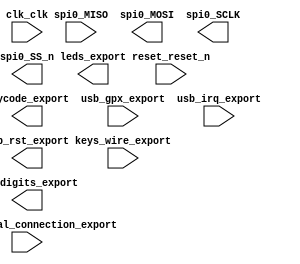

module lab62_soc (
	clk_clk,
	hex_digits_export,
	key_external_connection_export,
	keycode_export,
	keys_wire_export,
	leds_export,
	reset_reset_n,
	spi0_MISO,
	spi0_MOSI,
	spi0_SCLK,
	spi0_SS_n,
	usb_gpx_export,
	usb_irq_export,
	usb_rst_export);	

	input		clk_clk;
	output	[15:0]	hex_digits_export;
	input	[1:0]	key_external_connection_export;
	output	[7:0]	keycode_export;
	input	[1:0]	keys_wire_export;
	output	[13:0]	leds_export;
	input		reset_reset_n;
	input		spi0_MISO;
	output		spi0_MOSI;
	output		spi0_SCLK;
	output		spi0_SS_n;
	input		usb_gpx_export;
	input		usb_irq_export;
	output		usb_rst_export;
endmodule